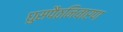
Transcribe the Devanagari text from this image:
घुसपैठनिवारण